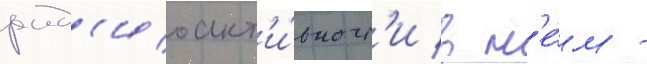
рад'иоакт'и́вност'и в н'е́м -